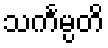
သင်္ကမ္ပတိ